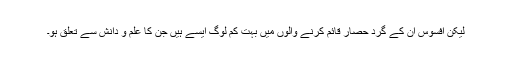
لیکن افسوس اُن کے گرد حصار قائم کرنے والوں میں بہت کم لوگ ایسے ہیں جن کا علم و دانش سے تعلق ہو۔